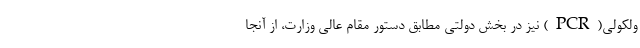
ولکولی(PCR) نیز در بخش دولتی مطابق دستور مقام عالی وزارت، از آنجا